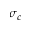
\sigma _ { c }